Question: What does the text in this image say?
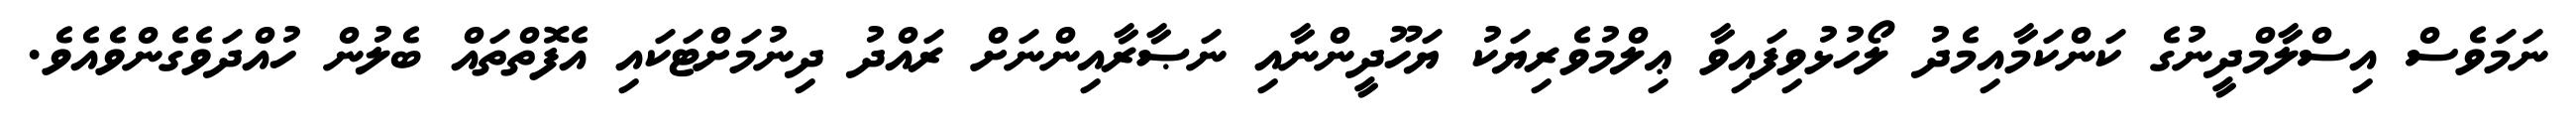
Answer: ނަމަވެސް އިސްލާމްދީނުގެ ކަންކަމާއިމެދު ލޯހުޅުވިފައިވާ ޢިލްމުވެރިޔަކު ޔަހޫދީންނާއި ނަޞާރާއިންނަށް ރައްދު ދިނުމަށްޓަކައި އެފޮތްތައް ބެލުން ހުއްދަވެގެންވެއެވެ.